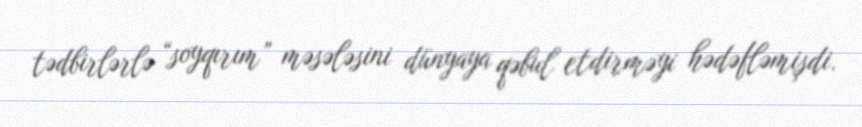
tədbirlərlə “soyqırım” məsələsini dünyaya qəbul etdirməyi hədəfləmişdi.